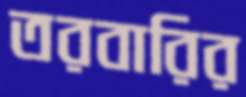
তরবারির